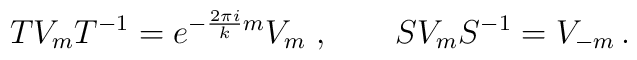
TV_{m}T^{-1}=e^{-\frac{2\pi i}{k}m}V_{m}\; ,\qquad SV_{m}S^{-1}=V_{-m}\,.